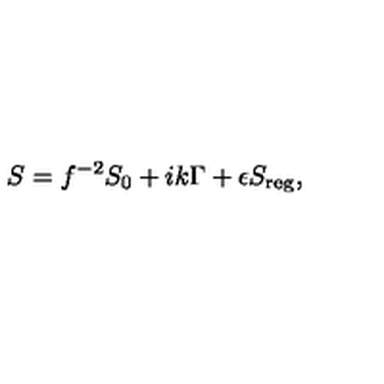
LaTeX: S = f ^ { - 2 } S _ { 0 } + i k \Gamma + \epsilon S _ { \mathrm { r e g } } ,